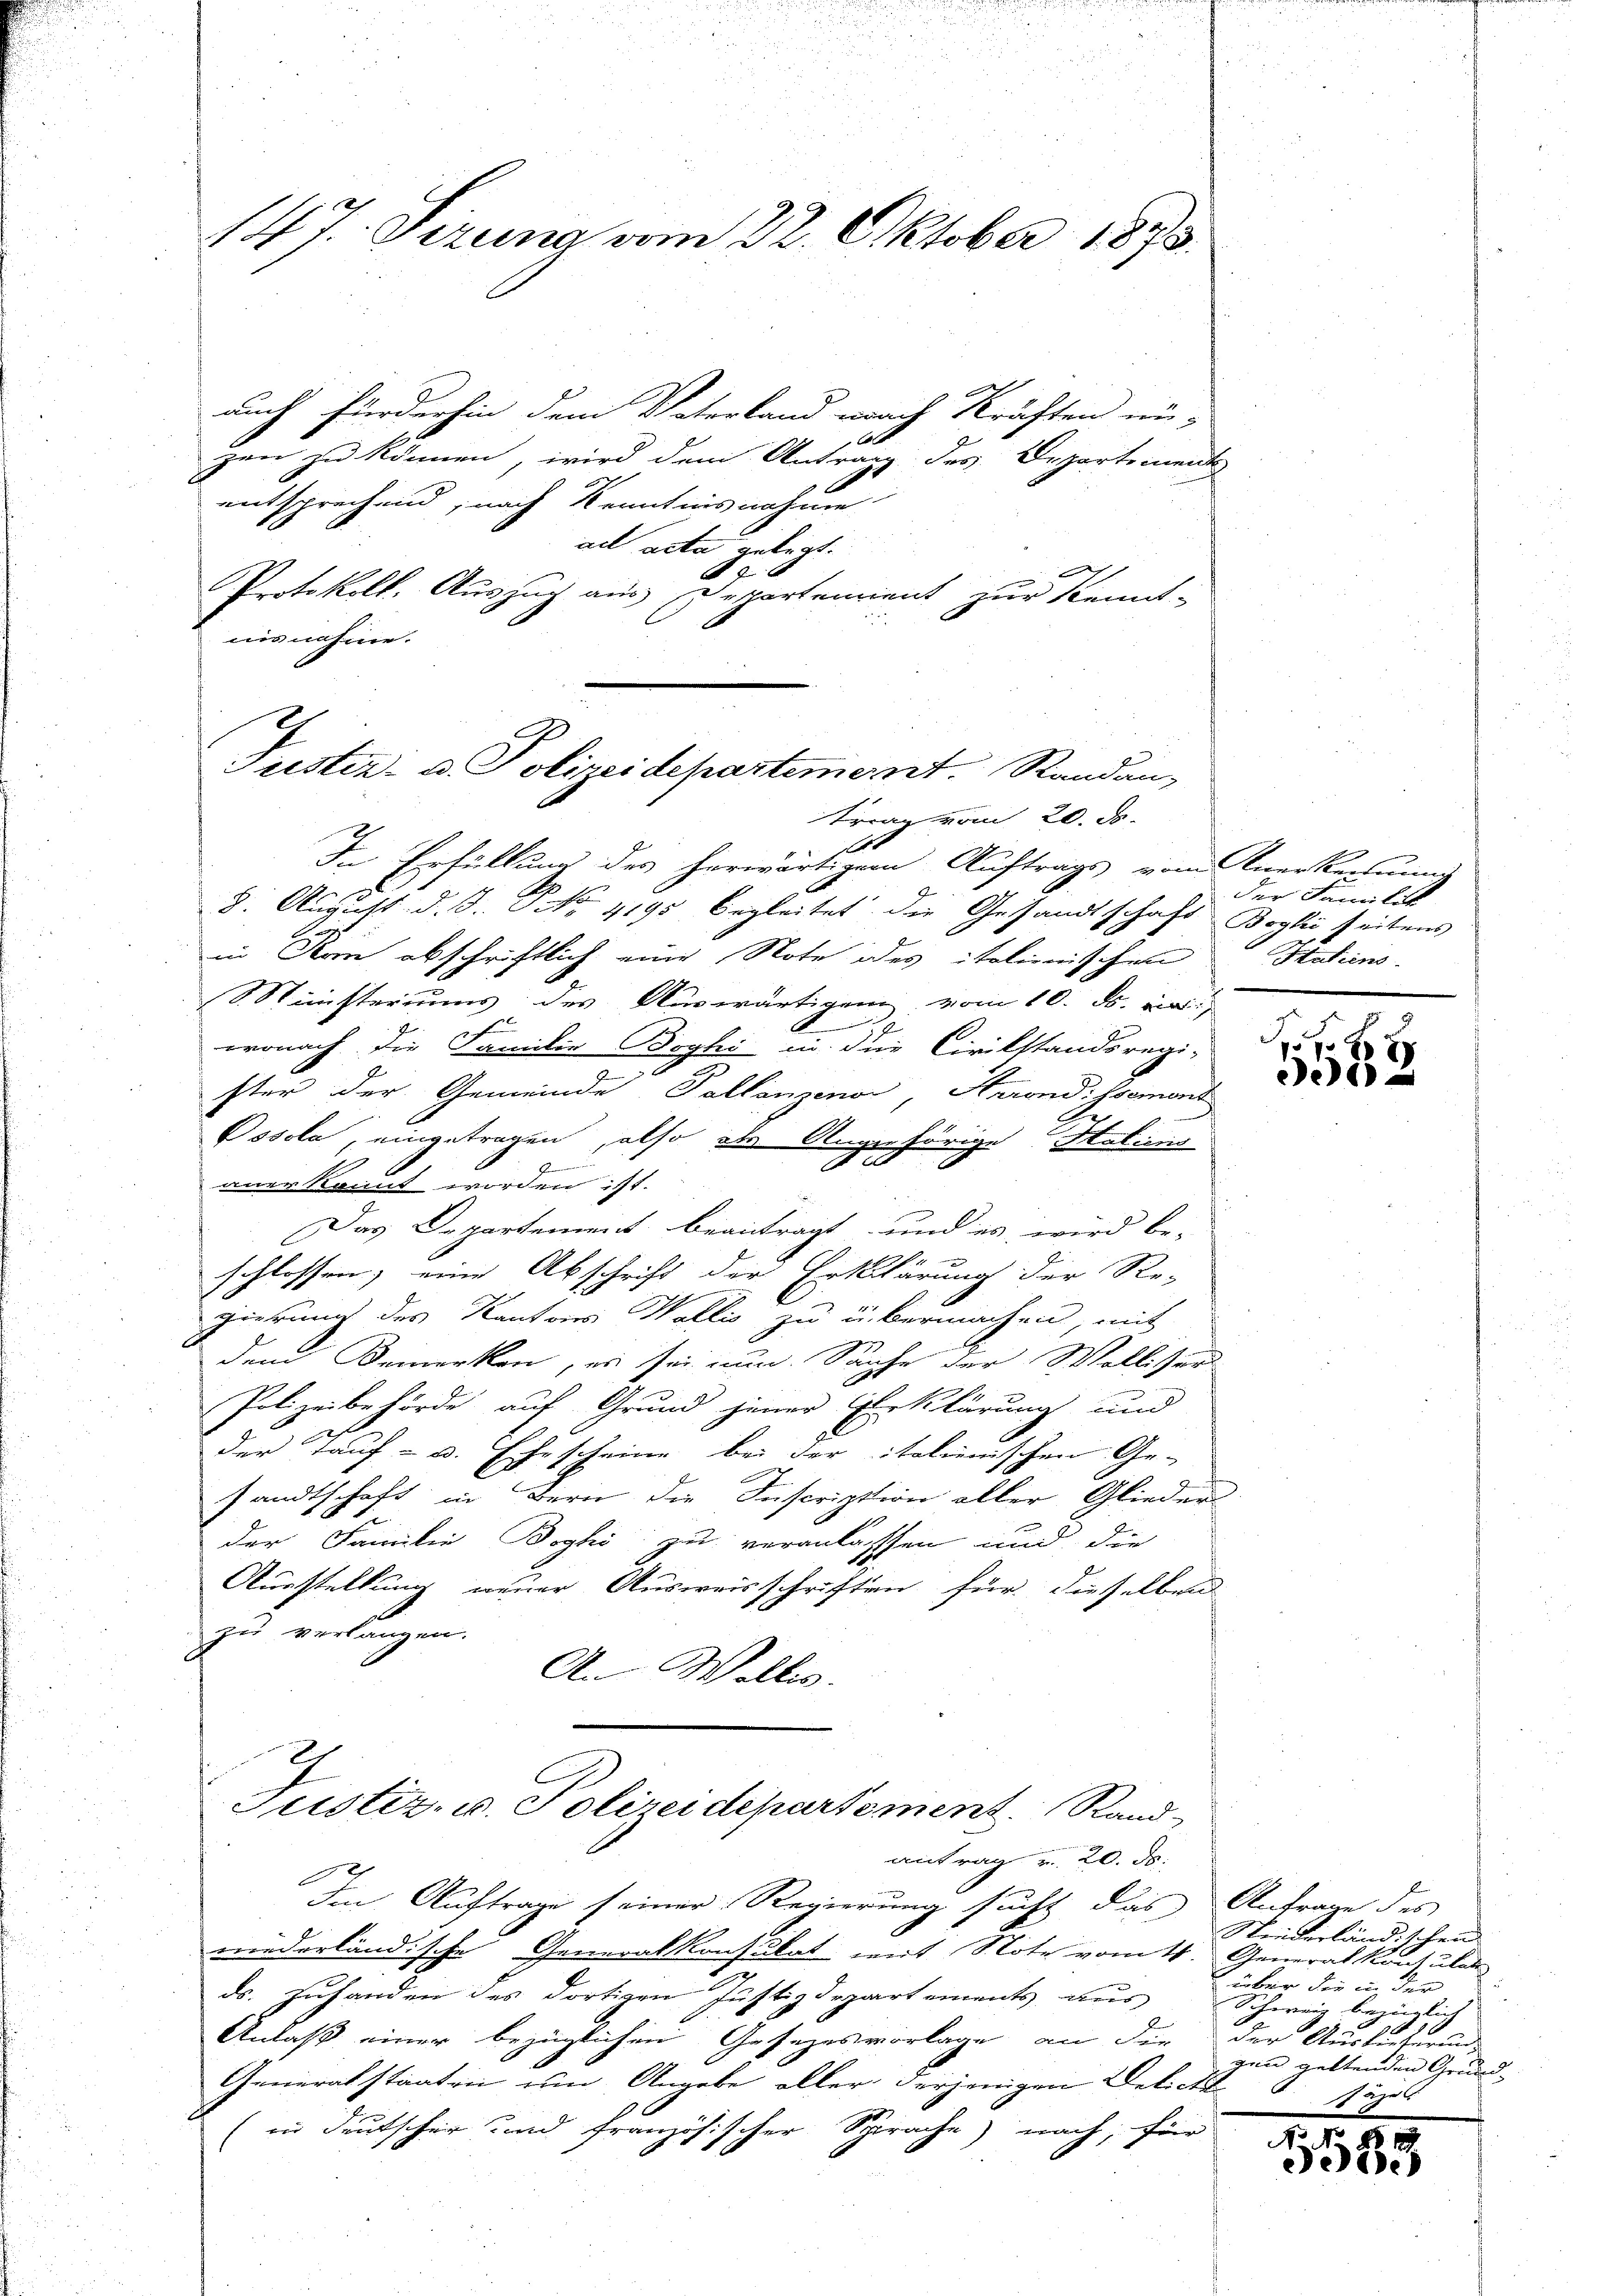
auch fürderhin dem Vaterland nach Kräften un-
ggen zu können, wird dem Antrag des Departements
entsprechend, nach Kenntnisnahme
ad acta gelegt.
S
Protokoll. Auszug aus Departement zur Kennt-
nisnahme.

147. Setzung vom 22. Oktober 1873.

Justiz- u. Polizeidepartement. Randau,
trag vom 20. ds.

In Erfüllung des herwärtigem Auftrags vom Anerkennung
8. August. d. J. P. Nr. 4195 begleitet die Gesandtschaft Boghi seitens
in Arm abschriftlich eine Note oder italienischen
S Ministeriums des Auswärtigung vom 10. d. ei
9
wonach die Familie Boghi in die Civilstandsregi-
ster der Gemeinde Tallanzenor, Arrondissement
Pssola, eingetragen, also als Angehörige Staticis
De
G
anerkannt worden ist.
Das Departement beantragt und es wird be-
schlossen; eine Abschrift der Erklärung der Re-
gierung des Kantons Wallis zu übermachen, mit
den Bemerken, es sei nun. Sache der Wolliser
Polizeibehörde auf Grund jener Erklärung und
der Tauf- u. Ehescheine bei der italienischen Ge-
sandtschaft in Bern die Inscription aller Gliederder Familie Boghi zu veranlassen und die
Ausstellung neuer Ausweisschriften für dieselben
zu verlangen.
An Wallis.
Justiz- u. Polizeidepartement. Rand
antrag u. 20. ds.
Im Auftrage seiner Regierung sucht das Antrage des
niederländische Generalkonsulat mit Note vom 4. Generalkonsulat
ds. zuhanden des dortigen Justizdepartements aus
Anlaß einer bezüglichen Gesezesvorlage an die
Generalstaaten um Angabe aller derjenigen Delicte
(in deutscher und französischer Sprache) nach, für

e
der Familit
Statiens.

2 f 6 x
e

F
Niederland, schein
 über die in der
Schweiz bezüglich
418
der Auslieferung
gen geltenden Grund-
säge

.
Ao 18
ie